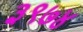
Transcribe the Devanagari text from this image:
३९७४